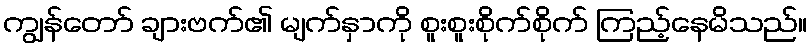
ကျွန်တော် ချားဗက်၏ မျက်နှာကို စူးစူးစိုက်စိုက် ကြည့်နေမိသည်။